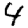
Digit: 4